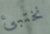
نختبئ